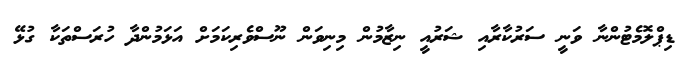
ޑިޕްލޮމެޓުންނާ ވަނީ ސަރުކާރާއި ޝަރުއީ ނިޒާމުން މިނިވަން ނޫސްވެރިކަމަށް އަޅަމުންދާ ހުރަސްތަކާ ގުޅޭ